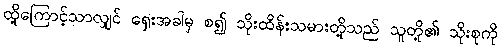
ထို့ကြောင့်သာလျှင် ရှေးအခါမှ စ၍ သိုးထိန်းသမားတို့သည် သူတို့၏ သိုးစုကို